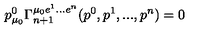
p _ { \mu _ { 0 } } ^ { 0 } \Gamma _ { n + 1 } ^ { \mu _ { 0 } e ^ { 1 } . . . e ^ { n } } ( p ^ { 0 } , p ^ { 1 } , . . . , p ^ { n } ) = 0